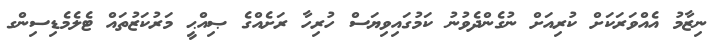
ނިޒާމު އެއްވަރަކަށް ކުރިއަށް ނުގެންދެވުނު ކަމުގައިވިޔަސް ހުރިހާ ރަށެއްގެ ޞިއްޙީ މަރުކަޒުތައް ޓެލެމެޑިސިންގ